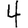
Digit: 4